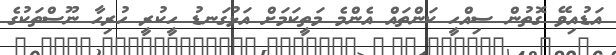
އަޑުއިވޭ ގޮތުން ސިއްހީ ކަންތައް އެންމެ މަތީކަމަށް އަޅުގަނޑު ހީކުރީ ހުރިހާ ނޫސްތަކުގެ